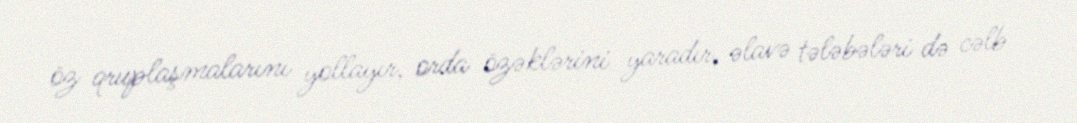
öz qruplaşmalarını yollayır, orda özəklərini yaradır, əlavə tələbələri də cəlb